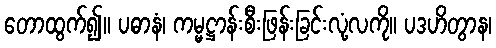
တောထွက်၍။ ပဓာနံ၊ ကမ္မဋ္ဌာန်းစီးဖြန်းခြင်းလုံ့လကို။ ပဒဟိတွာန၊